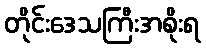
တိုင်းဒေသကြီးအစိုးရ